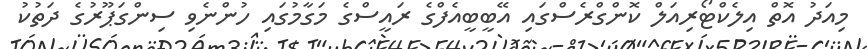
މިއަދު އޮތް އިލެކްޓޯރިއަލް ކޮންގްރެސްގައި އޭބީބީއެފްގެ ރައީސްގެ މަގާމުގައި ހުންނެވި ސިންގަޕޫރުގެ ދަތުކު